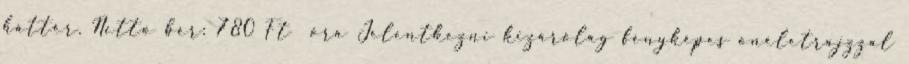
háttér. Nettó bér: 780 Ft óra Jelentkezni kizárólag fényképes önéletrajzzal